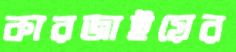
কারজাইয়ের